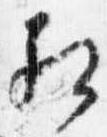
相